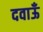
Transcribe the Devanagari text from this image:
दवाऊँ